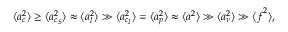
\langle \boldsymbol { a } _ { c } ^ { 2 } \rangle \ge \langle \boldsymbol { a } _ { c _ { S } } ^ { 2 } \rangle \approx \langle \boldsymbol { a } _ { l } ^ { 2 } \rangle \gg \langle \boldsymbol { a } _ { c _ { I } } ^ { 2 } \rangle = \langle \boldsymbol { a } _ { p } ^ { 2 } \rangle \approx \langle \boldsymbol { a } ^ { 2 } \rangle \gg \langle \boldsymbol { a } _ { \nu } ^ { 2 } \rangle \gg \langle \boldsymbol { f } ^ { 2 } \rangle ,